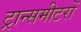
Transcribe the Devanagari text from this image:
ट्रान्समीटरों